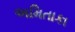
અમિતાકા